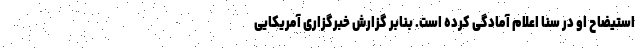
استیضاح او در سنا اعلام آمادگی کرده است. بنابر گزارش خبرگزاری آمریکایی